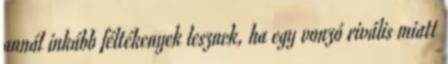
annál inkább féltékenyek lesznek, ha egy vonzó rivális miatt